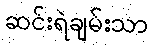
ဆင်းရဲချမ်းသာ